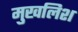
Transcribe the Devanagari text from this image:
मुखलिश